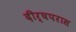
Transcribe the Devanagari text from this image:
दीर्घपरास